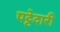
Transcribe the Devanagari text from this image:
पट्टेदारी